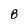
Character: 8